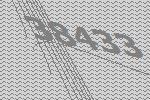
38433